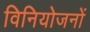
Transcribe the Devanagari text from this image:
विनियोजनों